Indian journal of veterinary science and animal husbandry - Volume 8,
Year: 1938
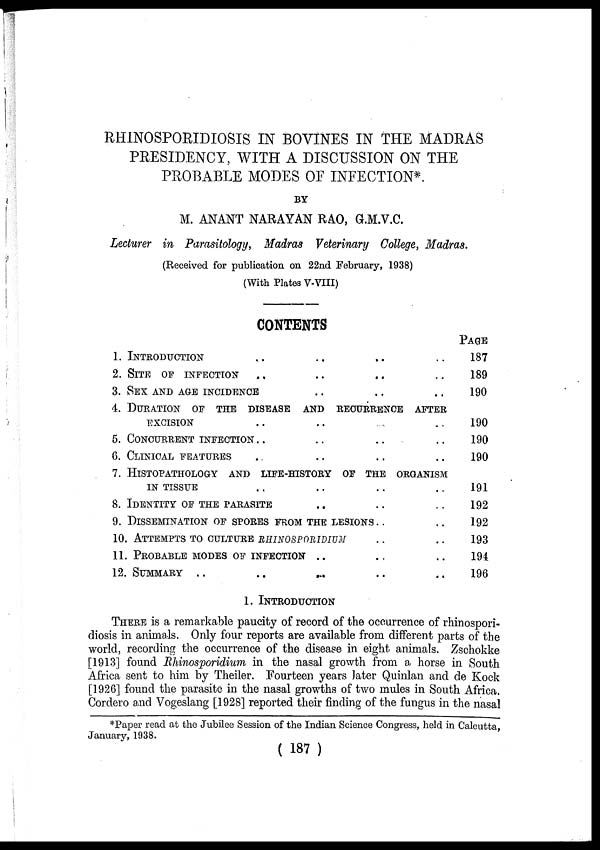
RHINOSPORIDIOSIS IN BOVINES IN THE MADRAS
PRESIDENCY, WITH A DISCUSSION ON THE
PROBABLE MODES OF INFECTION*.
BY
M. ANANT NARAYAN RAO, G.M.V.C.
Lecturer in Parasitology, Madras Veterinary College, Madras.
(Received for publication on 22nd February, 1938)
(With Plates V-VIII)
CONTENTS
1. INTRODUCTION
2. SITE OF INFECTION
. .
. .
3. SEX AND AGE INCIDENCE
. .
. .
. .
. .
. .
. .
. .
. .
. .
4. DURATION OF THE DISEASE AND RECURRENCE AFTER
EXCISION
5. CONCURRENT INFECTION
6. CLINICAL FEATURES
. .
. .
. .
. .
. .
. .
. .
. .
. .
. .
. .
. .
7. HISTOPATHOLOGY AND LIFE-HISTORY OF THE ORGANISM
IN TISSUE
. .
8. IDENTITY OF THE PARASITE
. .
. .
. .
. .
9. DISSEMINATION OF SPORES FROM THE LESIONS
10. ATTEMPTS TO CULTURE RHINOSPORIDIUM
11. PROBABLE MODES OF INFECTION
12. SUMMARY . .
. .
. .
. .
. .
. .
. .
. .
. .
. .
. .
. .
. .
Page
187
189
190
190
190
190
191
192
192
193
194
196
1. INTRODUCTION
THERE is a remarkable paucity of record of the occurrence of rhinospori¬
diosis in animals. Only four reports are available from different parts of the
world, recording the occurrence of the disease in eight animals. Zschokke
[1913] found Rhinosporidium in the nasal growth from a horse in South
Africa sent to him by Theiler. Fourteen years later Quinlan and de Kock
[1926] found the parasite in the nasal growths of two mules in South Africa.
Cordero and Vogeslang [1928] reported their finding of the fungus in the nasal
*Paper read at the Jubilee Session of the Indian Science Congress, held in Calcutta,
January, 1938.
( 187 )